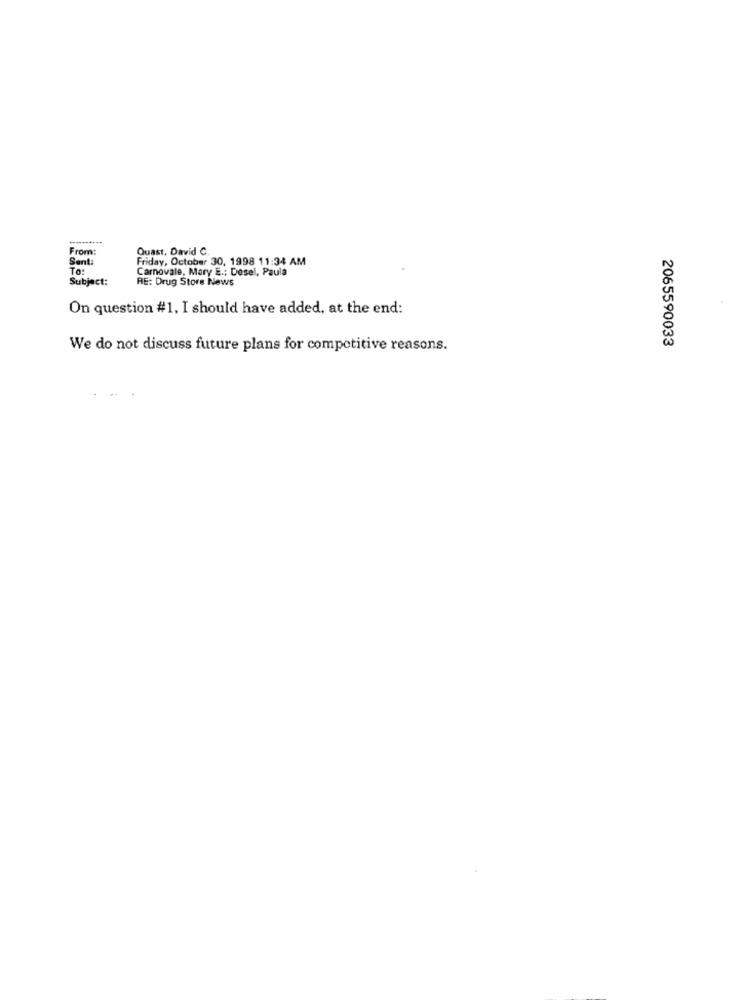
From:
Quast. David C.
Sent:
Friday, October 30, 1998 11:34 AM
Carnovale, Mary E .; Desel, Paula
Subject:
RE: Drug Store News
On question #1, I should have added, at the end:
2065590033
We do not discuss future plans for competitive reasons.